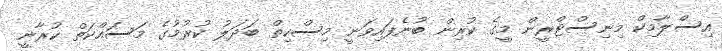
އިސްލާމިކް މިނިސްޓްރީން މީގެ ކުރިން ބުނެފައިވަނީ މިސްކިތް ބަދަލު ކުރުމުގެ މަސައްކަތް ކުރާނީ